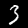
Label: 3